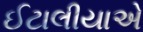
ઈટાલીયાએ